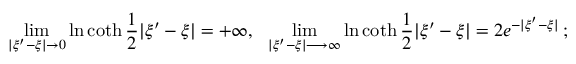
\operatorname * { l i m } _ { | \xi ^ { \prime } - \xi | \rightarrow 0 } \ln \coth \frac { 1 } { 2 } | \xi ^ { \prime } - \xi | = + \infty , \: \: \: \operatorname * { l i m } _ { | \xi ^ { \prime } - \xi | \longrightarrow \infty } \ln \coth \frac { 1 } { 2 } | \xi ^ { \prime } - \xi | = 2 e ^ { - | \xi ^ { \prime } - \xi | } \: ;